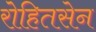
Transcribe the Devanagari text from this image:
रोहितसेन